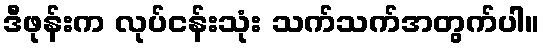
ဒီဖုန်းက လုပ်ငန်းသုံး သက်သက်အတွက်ပါ။